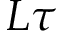
L \tau